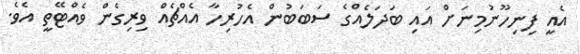
އެއީ ފިނިހޫނުމިނަށް އައި ބަދަލެއްގެ ސަބަބުން އެހުރިހާ އެއްޗެއް ވިރިގެން ވެއްޓޭތީ އެވެ.